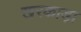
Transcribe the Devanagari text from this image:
खरकाड़ा